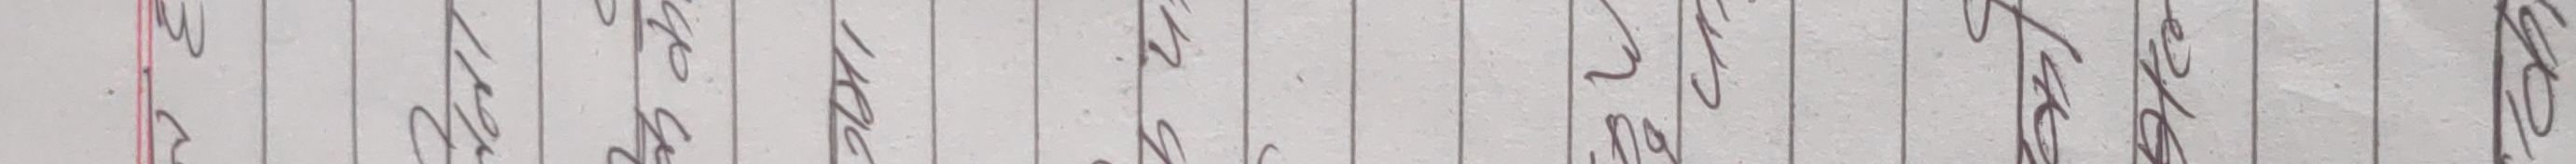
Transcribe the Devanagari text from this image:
के हो ?